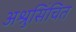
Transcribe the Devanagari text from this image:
अश्रुसिंचित